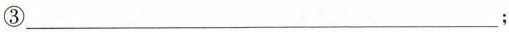
③___；